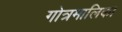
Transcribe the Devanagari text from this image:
गोत्रमालिका